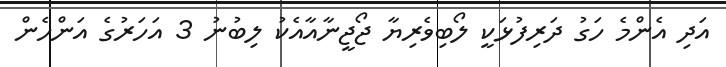
އަދި އެންމެ ހަގު ދަރިފުޅަކީ ލޯބިވެރިޔާ ޖޯޖީނާއާއެކު ލިބުނު 3 އަހަރުގެ އަންހެން